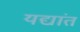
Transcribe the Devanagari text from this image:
यद्यांत